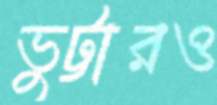
ভুট্টারও